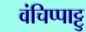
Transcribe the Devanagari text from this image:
वंचिप्पाट्टु